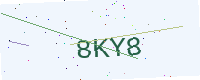
Text: 8KY8